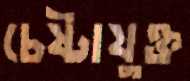
চেষ্টাযুক্ত